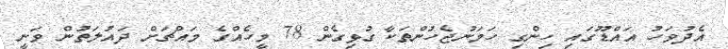
އެދުވަހު އައްޑޫގައި ހިންގި ހަމަނުޖެހުންތަކާ ގުޅިގެން 78 މީހެއްގެ މައްޗަށް ދައުލަތުން ވަނީ